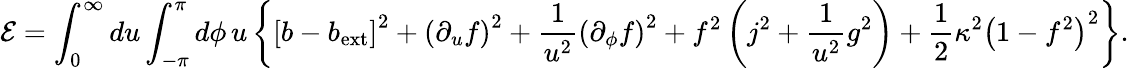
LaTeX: {\cal E}=\int_{0}^{\infty}du\int_{-\pi}^{\pi}d\phi\, u\left\{ \left[b-b_{\mathrm{ext}}\right]^{2}+\left(\partial_{u}f\right)^{2}+\frac{1}{u^{2}}\left(\partial_{\phi}f\right)^{2}+f^{2}\left(j^{2}+\frac{1}{u^{2}}g^{2}\right)+\frac{1}{2}\kappa^{2}\left(1-f^{2}\right)^{2}\right\} .